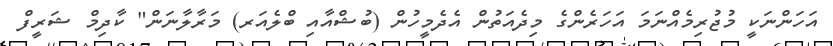
އަހަންނަކީ މުޖުރިމެއްނަމަ އަހަރެންގެ މިދެއަތުން އެދެމީހުން (ބުޝްއާއި ބްލެއަރ) މަރާލާނަން" ކާދިމް ޝަރީފް